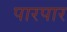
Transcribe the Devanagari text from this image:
पारपार